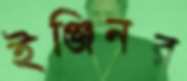
ইঞ্জিনর